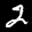
Label: 2